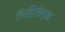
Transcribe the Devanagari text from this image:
लिहिलेल्‍या